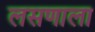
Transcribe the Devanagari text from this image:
लसणाला